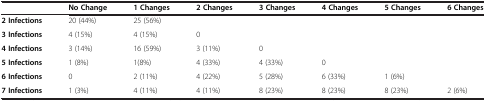
|  | No Change | 1 Changes | 2 Changes | 3 Changes | 4 Changes | 5 Changes | 6 Changes |
 | --- | --- | --- | --- | --- | --- | --- | --- |
 | 2 Infections | 20 (44%) | 25 (56%) |  |  |  |  |  |
 | 3 Infections | 4 (15%) | 4 (15%) | 0 |  |  |  |  |
 | 4 Infections | 3 (14%) | 16 (59%) | 3 (11%) | 0 |  |  |  |
 | 5 Infections | 1 (8%) | 1(8%) | 4 (33%) | 4 (33%) | 0 |  |  |
 | 6 Infections | 0 | 2 (11%) | 4 (22%) | 5 (28%) | 6 (33%) | 1 (6%) |  |
 | 7 Infections | 1 (3%) | 4 (11%) | 4 (11%) | 8 (23%) | 8 (23%) | 8 (23%) | 2 (6%) |